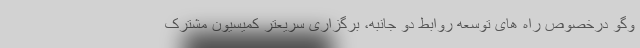
وگو درخصوص راه های توسعه روابط دو جانبه، برگزاری سریعتر کمیسیون مشترک